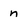
Character: n